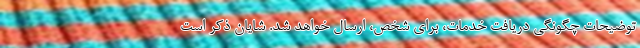
توضیحات چگونگی دریافت خدمات، برای شخص، ارسال خواهد شد. شایان ذکر است